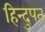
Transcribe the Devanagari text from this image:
हिन्दुपत